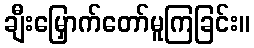
ချီးမြှောက်တော်မူကြခြင်း။